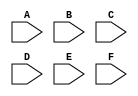
module cfir( 
			input wire [7:0] A,B,C,D,E,F
			//----------------------------
			);
			
wire signed [8:0] a0,a1,a2;
wire signed [8:0] a3,b1;
wire signed [8:0] b0;
wire signed [8:0] c0;
wire signed [8:0] c1;
wire signed [8:0] avs;
wire signed [8:0] h264;

assign a0=A+F;
assign a1=B+E;
assign a2=C+D;
assign a3=(a2<<2);
assign b1=a2+a3;
assign b0=a0-a1;
assign c0=b1-a1;
assign c1=(c0<<2);
assign avs=c0;
assign h264=c1+b0;

//------------------------------------

endmodule